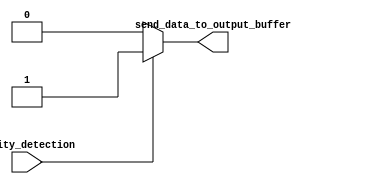
module Send_Data_To_Output_Buffer(
		//input  enabling_strobe_signal,
		input  														parity_detection,
		output 										  send_data_to_output_buffer
	);
	
		assign send_data_to_output_buffer = (parity_detection)?(1):(0);
	
endmodule